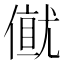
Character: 𠎂